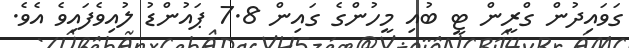
ގަވައިދުން ގްރީން ޓީ ބުއި މީހުންގެ ގައިން 7.8 ޕައުންޑު ލުއިވެފައިވެ އެވެ.